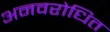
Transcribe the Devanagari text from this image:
अनवरोधित